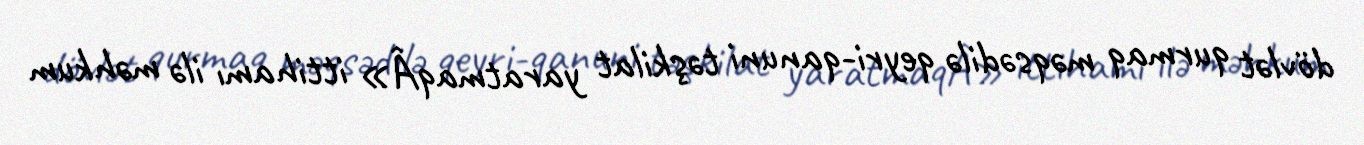
dövlət qurmaq məqsədilə qeyri-qanuni təşkilat yaratmaqÂ» ittihamı ilə məhkum